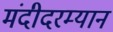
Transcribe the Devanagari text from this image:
मंदीदरम्यान